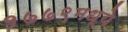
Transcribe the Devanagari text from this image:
१७७९मध्ये